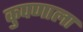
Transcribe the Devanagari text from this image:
कुपणाला